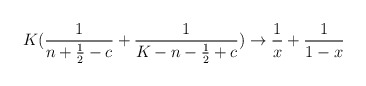
\begin{align*}K({1\over n+{1\over2}-c}+{1\over K-n-{1\over2}+c}) \rightarrow {1\over x}+{1\over 1-x}\end{align*}